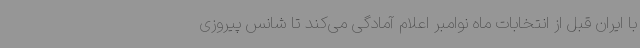
با ایران قبل از انتخابات ماه نوامبر اعلام آمادگی می‌کند تا شانس پیروزی